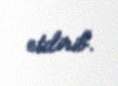
etdirib.